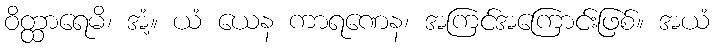
ဝိတ္ထာရေမိ၊ အံ့။ ယံ ယေန ကာရဏေန၊ အကြင်အကြောင်းဖြစ်။ အယံ